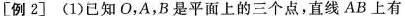
[例2] (1)已知O，A，B是平面上的三个点，直线AB上有